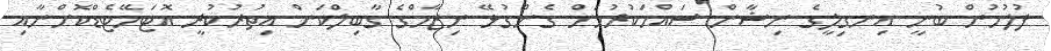
ފުލުހުން ބުނީ އިނގިލީގެ ނިޝާން ސައްހަކުރުމަށް ގެންގުޅޭ ނިޒާމްގެ ގާބިލްކަން އިތުރުކުރީ އޮޓަމޭޓެޑްކޮށްނާއި